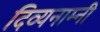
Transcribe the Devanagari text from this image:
दिव्यनाम्नी